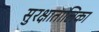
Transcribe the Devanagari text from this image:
सुरक्षातालिका